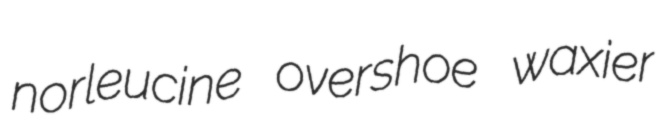
norleucine overshoe waxier